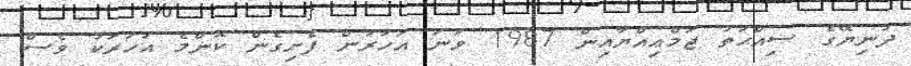
ދުނިޔޭގެ ޞިއްޙަތު ޖަމްޢިއްޔާއިން 1987 ވަނަ އަހަރުން ފެށިގެން ކޮންމެ އަހަރަކު ވެސް